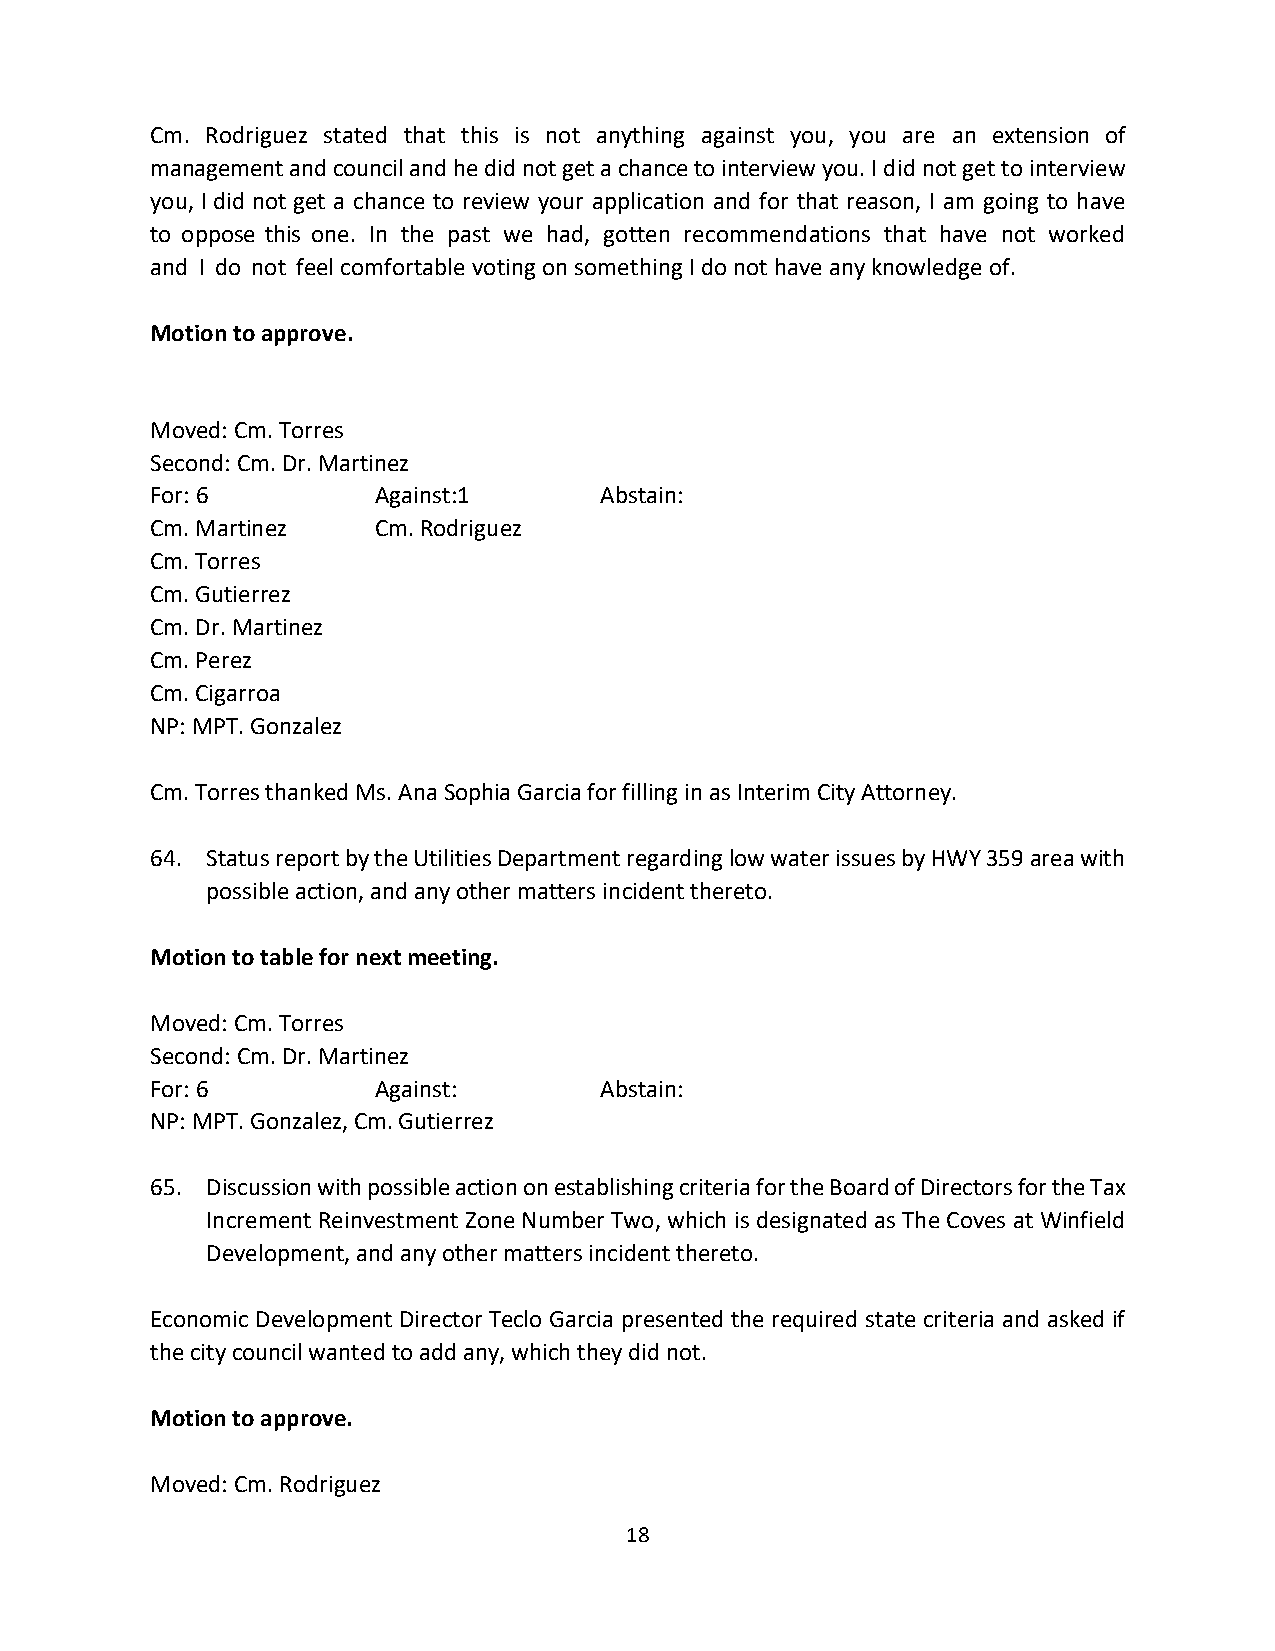
Cm. Rodriguez stated that this is not anything against you, you are an extension of
 management and council and he did not get a chance to interview you. I did not get to interview
 you, I did not get a chance to review your application and for that reason, I am going to have
 to oppose this one. In the past we had, gotten recommendations that have not worked
 and I do not feel comfortable voting on something I do not have any knowledge of.
 Motion to approve.
 Moved: Cm. Torres
 Second: Cm. Dr. Martinez
 For: 6         Against:1      Abstain:
 Cm. Martinez   Cm. Rodriguez
 Cm. Torres
 Cm. Gutierrez
 Cm. Dr. Martinez
 Cm. Perez
 Cm. Cigarroa
 NP: MPT. Gonzalez
 Cm. Torres thanked Ms. Ana Sophia Garcia for filling in as Interim City Attorney.
 64. Status report by the Utilities Department regarding low water issues by HWY 359 area with
 possible action, and any other matters incident thereto.
 Motion to table for next meeting.
 Moved: Cm. Torres
 Second: Cm. Dr. Martinez
 For: 6         Against:       Abstain:
 NP: MPT. Gonzalez, Cm. Gutierrez
 65. Discussion with possible action on establishing criteria for the Board of Directors for the Tax
 Increment Reinvestment Zone Number Two, which is designated as The Coves at Winfield
 Development, and any other matters incident thereto.
 Economic Development Director Teclo Garcia presented the required state criteria and asked if
 the city council wanted to add any, which they did not.
 Motion to approve.
 Moved: Cm. Rodriguez
 18